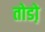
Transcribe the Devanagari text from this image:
तोडो़